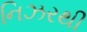
નિઝરથી